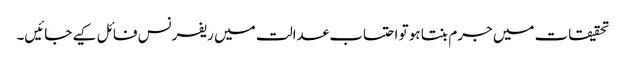
تحقیقات میں جرم بنتا ہو تو احتساب عدالت میں ریفرنس فائل کیے جائیں۔